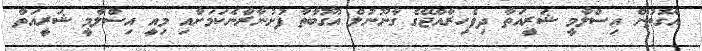
އެގޮތުން އިސްލާމީ ޝަރީއަތާ ދިވެހިރާއްޖޭގެ ގާނޫނުލް އުގޫބާތާ ފުށުނާރާނެކަމަށާއި މިއީ އިސްލާމީ ޝަރީއަތާ